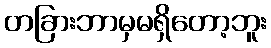
တခြားဘာမှမရှိတော့ဘူး